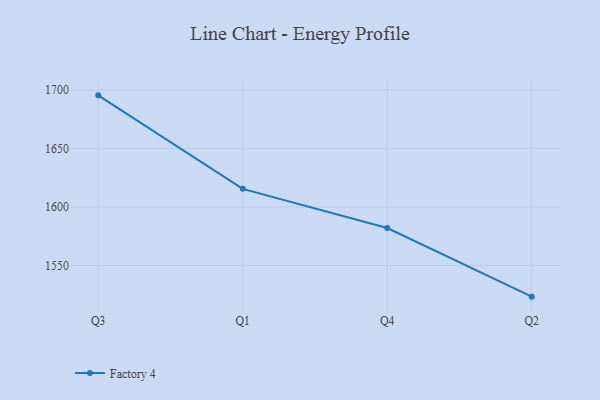
{"axis": {"x": "Quarter", "y": "Active Users"}, "legend": ["Factory 4"], "data": [{"x": "Q3", "y": 1695.5, "type": "Factory 4"}, {"x": "Q1", "y": 1615.5, "type": "Factory 4"}, {"x": "Q4", "y": 1582.0, "type": "Factory 4"}, {"x": "Q2", "y": 1523.3, "type": "Factory 4"}]}